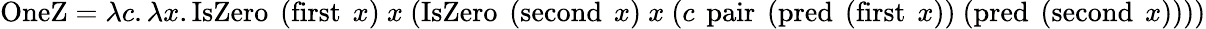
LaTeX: \operatorname{OneZ}=\lambda c.\lambda x.\operatorname{IsZero}\ (\operatorname{first}\ x)\ x\ (\operatorname{IsZero}\ (\operatorname{second}\ x)\ x\ (c\ \operatorname{pair}\ (\operatorname{pred}\ (\operatorname{first}\ x))\ (\operatorname{pred}\ (\operatorname{second}\ x))))